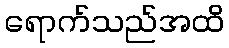
ရောက်သည်အထိ